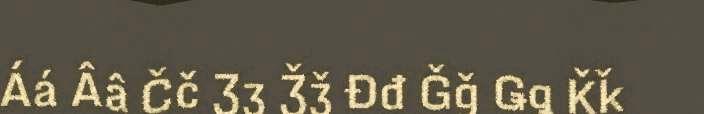
Áá Ââ Čč Ʒʒ Ǯǯ Đđ Ǧǧ Ǥǥ Ǩǩ